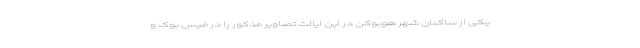
یکی از ساکنان شهر هوبوکن در این ایالت تصاویر مذکور را در فیس بوک و